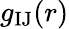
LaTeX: g_{\mathrm{IJ}}(r)